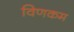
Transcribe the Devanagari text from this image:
विणकम